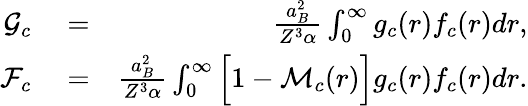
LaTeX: \begin{array}{rlr}{\mathcal{G}_{c}}&{{}=}&{\frac{a_{B}^{2}}{Z^{3}\alpha}\int_{0}^{\infty}g_{c}(r)f_{c}(r)dr,}\\ {\mathcal{F}_{c}}&{{}=}&{\frac{a_{B}^{2}}{Z^{3}\alpha}\int_{0}^{\infty}\Big[1-\mathcal{M}_{c}(r)\Big]g_{c}(r)f_{c}(r)dr.}\end{array}